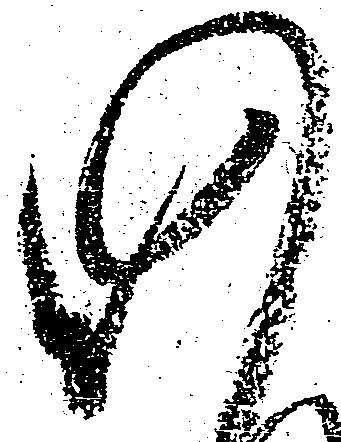
仍